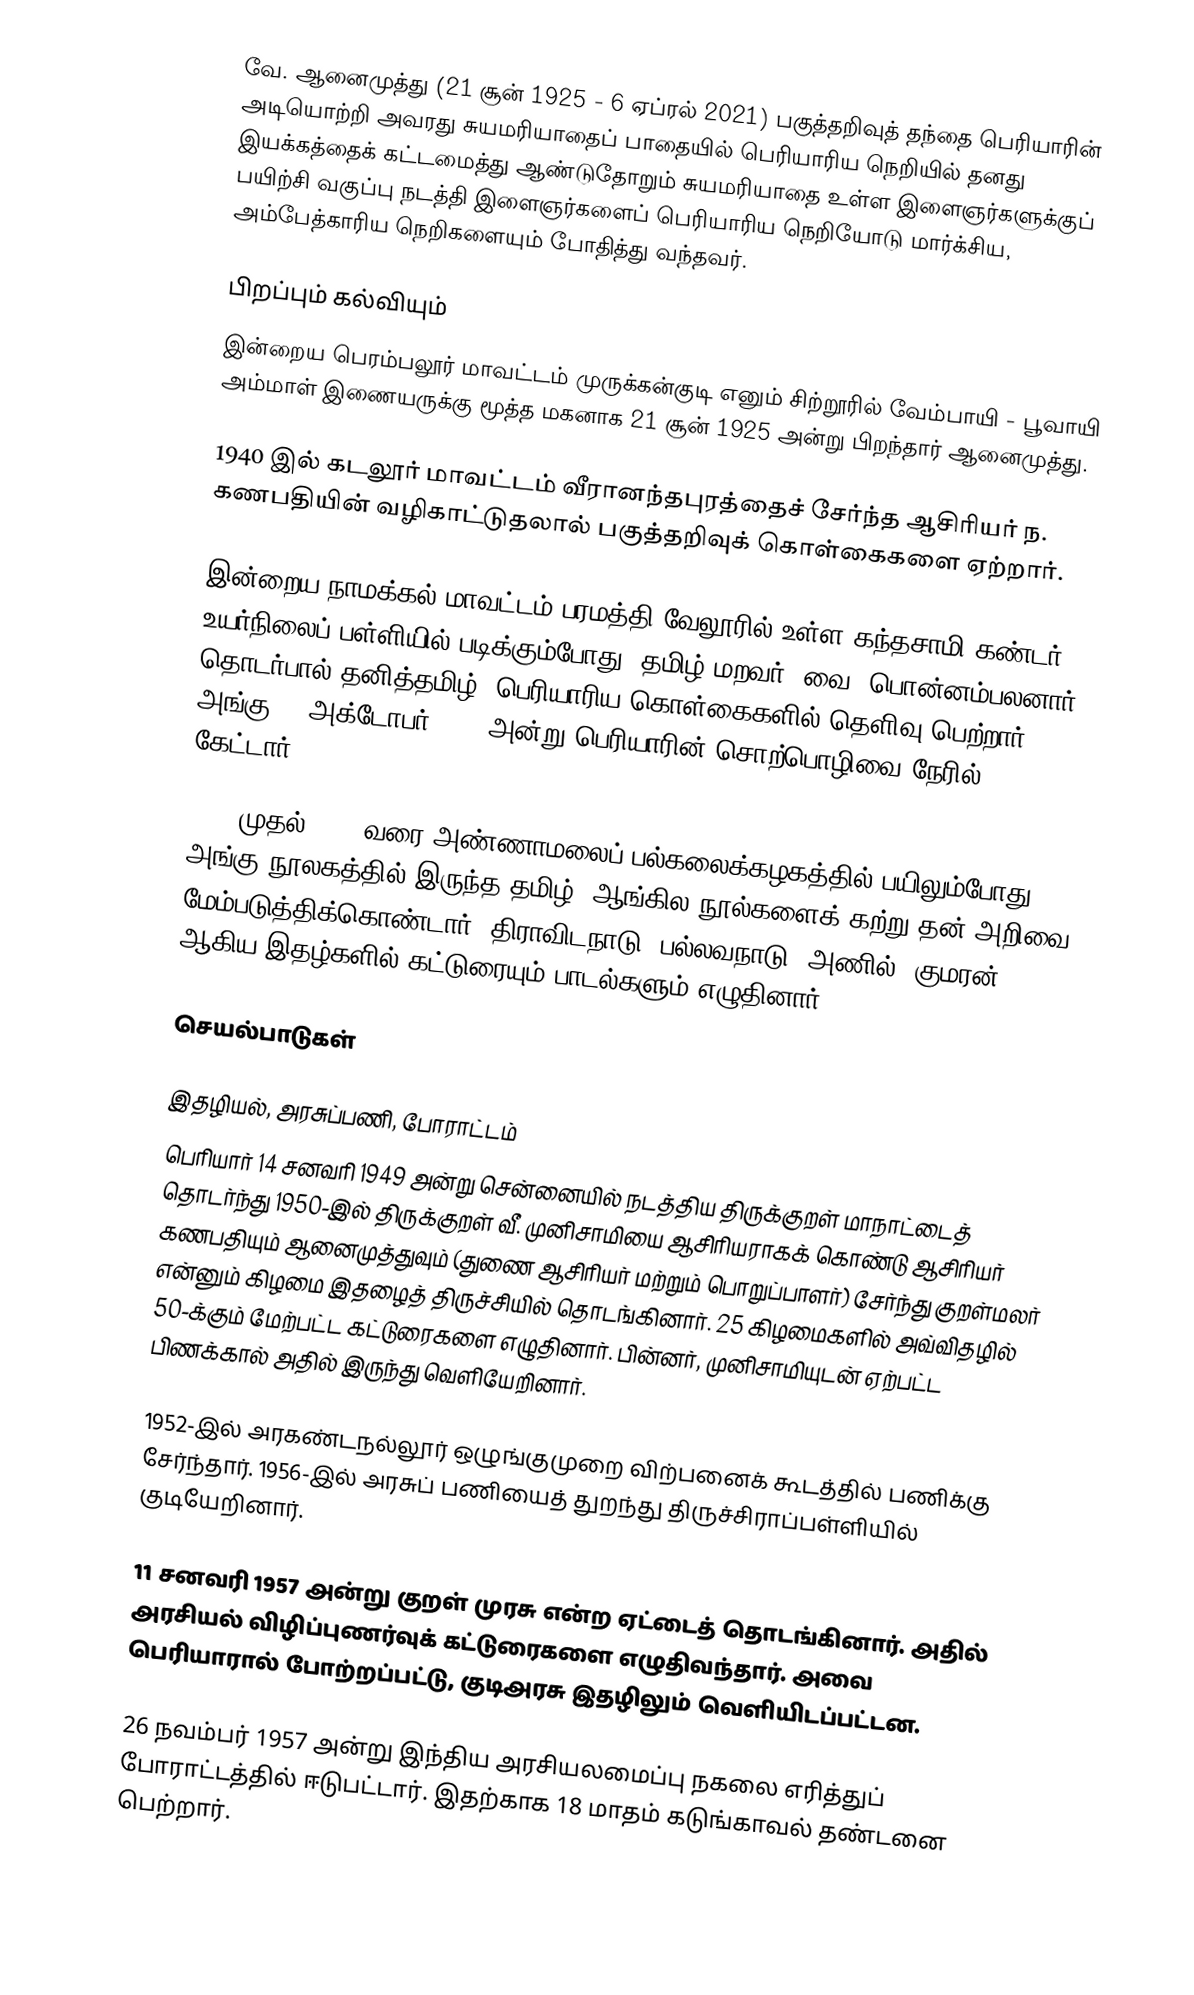
வே. ஆனைமுத்து (21 சூன் 1925 - 6 ஏப்ரல் 2021) பகுத்தறிவுத் தந்தை பெரியாரின் அடியொற்றி அவரது சுயமரியாதைப் பாதையில் பெரியாரிய நெறியில் தனது இயக்கத்தைக் கட்டமைத்து ஆண்டுதோறும் சுயமரியாதை உள்ள இளைஞர்களுக்குப் பயிற்சி வகுப்பு நடத்தி இளைஞர்களைப் பெரியாரிய நெறியோடு மார்க்சிய, அம்பேத்காரிய நெறிகளையும் போதித்து வந்தவர்.

பிறப்பும் கல்வியும்
இன்றைய பெரம்பலூர் மாவட்டம் முருக்கன்குடி எனும் சிற்றூரில் வேம்பாயி - பூவாயி அம்மாள் இணையருக்கு மூத்த மகனாக  21 சூன் 1925 அன்று பிறந்தார் ஆனைமுத்து.

1940 இல் கடலூர் மாவட்டம் வீரானந்தபுரத்தைச் சேர்ந்த ஆசிரியர் ந. கணபதியின் வழிகாட்டுதலால் பகுத்தறிவுக் கொள்கைகளை ஏற்றார்.

இன்றைய நாமக்கல் மாவட்டம் பரமத்தி-வேலூரில் உள்ள கந்தசாமி கண்டர் உயர்நிலைப் பள்ளியில் படிக்கும்போது "தமிழ் மறவர்" வை. பொன்னம்பலனார் தொடர்பால் தனித்தமிழ், பெரியாரிய கொள்கைகளில் தெளிவு பெற்றார். அங்கு 11 அக்டோபர்  1944 அன்று பெரியாரின் சொற்பொழிவை நேரில் கேட்டார்.

1946 முதல் 1949 வரை அண்ணாமலைப் பல்கலைக்கழகத்தில் பயிலும்போது அங்கு நூலகத்தில் இருந்த தமிழ், ஆங்கில நூல்களைக் கற்று தன் அறிவை மேம்படுத்திக்கொண்டார். திராவிடநாடு, பல்லவநாடு, அணில், குமரன் ஆகிய இதழ்களில் கட்டுரையும் பாடல்களும் எழுதினார்

செயல்பாடுகள்

இதழியல், அரசுப்பணி, போராட்டம்
பெரியார் 14 சனவரி 1949 அன்று சென்னையில் நடத்திய திருக்குறள் மாநாட்டைத் தொடர்ந்து 1950-இல் திருக்குறள் வீ. முனிசாமியை ஆசிரியராகக் கொண்டு ஆசிரியர் கணபதியும் ஆனைமுத்துவும் (துணை ஆசிரியர் மற்றும் பொறுப்பாளர்) சேர்ந்து குறள்மலர் என்னும் கிழமை இதழைத் திருச்சியில் தொடங்கினார். 25 கிழமைகளில் அவ்விதழில் 50-க்கும் மேற்பட்ட கட்டுரைகளை எழுதினார். பின்னர், முனிசாமியுடன் ஏற்பட்ட பிணக்கால் அதில் இருந்து வெளியேறினார்.

1952-இல் அரகண்டநல்லூர் ஒழுங்குமுறை விற்பனைக் கூடத்தில் பணிக்கு சேர்ந்தார். 1956-இல் அரசுப் பணியைத் துறந்து திருச்சிராப்பள்ளியில் குடியேறினார்.

11 சனவரி 1957 அன்று குறள் முரசு என்ற ஏட்டைத் தொடங்கினார். அதில் அரசியல் விழிப்புணர்வுக் கட்டுரைகளை எழுதிவந்தார். அவை பெரியாரால் போற்றப்பட்டு, குடிஅரசு இதழிலும் வெளியிடப்பட்டன.

26 நவம்பர் 1957 அன்று இந்திய அரசியலமைப்பு நகலை எரித்துப் போராட்டத்தில் ஈடுபட்டார். இதற்காக 18 மாதம் கடுங்காவல் தண்டனை பெற்றார்.